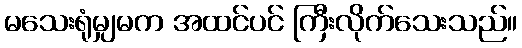
မသေးရုံမျှမက အထင်ပင် ကြီးလိုက်သေးသည်။